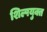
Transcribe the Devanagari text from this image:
शिल्पयुक्त